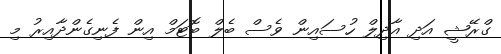
ގްރޭޝީ އަދި އާދިލް ހުސައިން ވެސް ބެލް ބޮޓަމް އިން ފެނިގެންދާއިރު މި